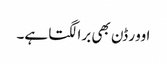
اوور ڈن بھی برا لگتا ہے۔